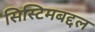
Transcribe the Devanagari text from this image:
सिस्टिमबद्दल